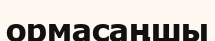
ормасаңшы